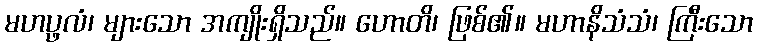
မဟပ္ဖလံ၊ များသော အကျိုးရှိသည်။ ဟောတိ၊ ဖြစ်၏။ မဟာနိသံသံ၊ ကြီးသော